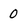
Character: 0